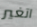
اتغير